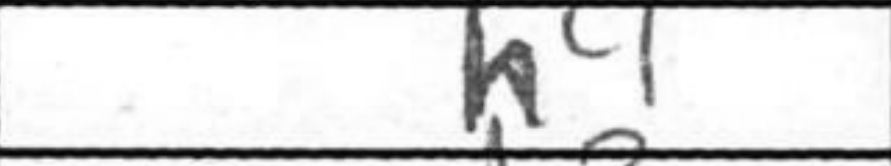
Transcription: h4